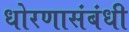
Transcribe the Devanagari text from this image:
धोरणासंबंधी